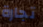
تجارة